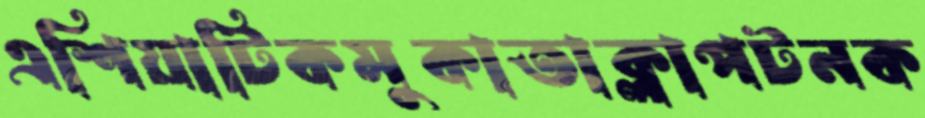
এশিয়াটিকমুকাতাক্লাপটনক